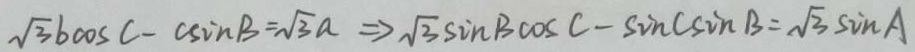
\sqrt { 3 } b \cos c - c \sin B = \sqrt { 3 } a \Rightarrow \sqrt { 3 } \sin B \cos C - \sin C \sin B = \sqrt { 3 } \sin A